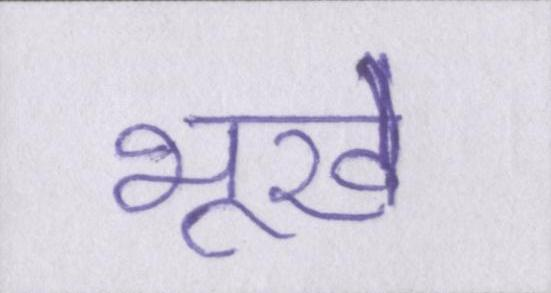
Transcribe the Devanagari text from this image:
भूखे